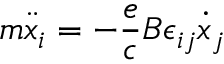
m \ddot { x } _ { i } = - \frac { e } { c } B \epsilon _ { i j } \dot { x } _ { j }